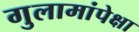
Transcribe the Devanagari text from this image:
गुलामांपेक्षा